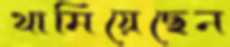
থামিয়েছেন